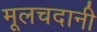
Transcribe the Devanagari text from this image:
मूलचदानी